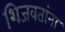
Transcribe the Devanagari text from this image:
शिजवतांना